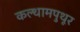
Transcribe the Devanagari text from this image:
कल्थामपुथूर